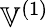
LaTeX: \mathbb{V}^{(1)}